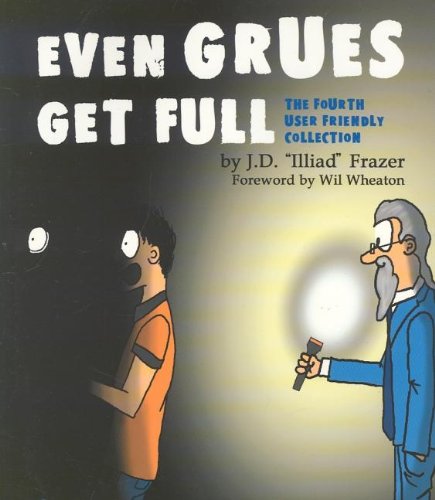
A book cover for Even Grues Get Full: The Fourth User Friendly Collection; Illiad; Humor & Entertainment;